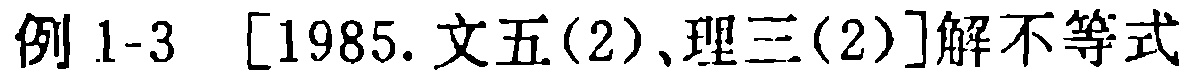
例 1-3 [1985.文五(2)、理三(2)]解不等式